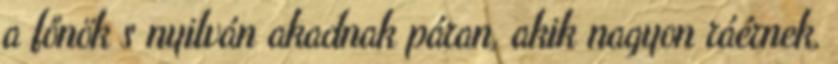
a főnök s nyilván akadnak páran, akik nagyon ráérnek,